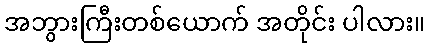
အဘွားကြီးတစ်ယောက် အတိုင်း ပါလား။